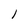
Character: l